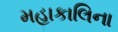
મહાકાલિના